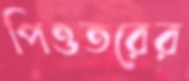
পিওতরের